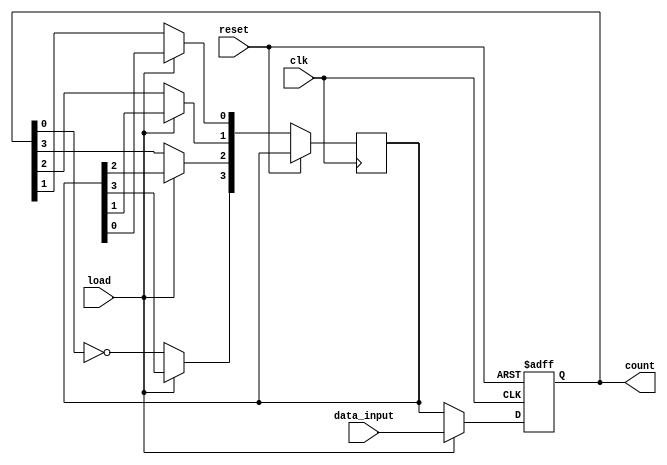
module johnson_counter(
    input clk, // clock input
    input reset, // reset input
    input load, // load input
    input [3:0] data_input, // data input
    output reg [3:0] count // counter output
);

// internal signals
reg [3:0] next_count;

// Always block for sequential logic
always @(posedge clk or posedge reset) begin
    if (reset) begin
        count <= 4'b0000; // initialize counter to 0000
    end else if (load) begin
        count <= data_input; // load counter with specific value
    end else begin
        next_count[3] <= ~count[0]; // toggle based on previous flip-flop
        next_count[2] <= count[3];
        next_count[1] <= count[2];
        next_count[0] <= count[1];
        count <= next_count; // update counter
    end
end

endmodule